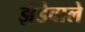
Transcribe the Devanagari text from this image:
झेंडेवाले